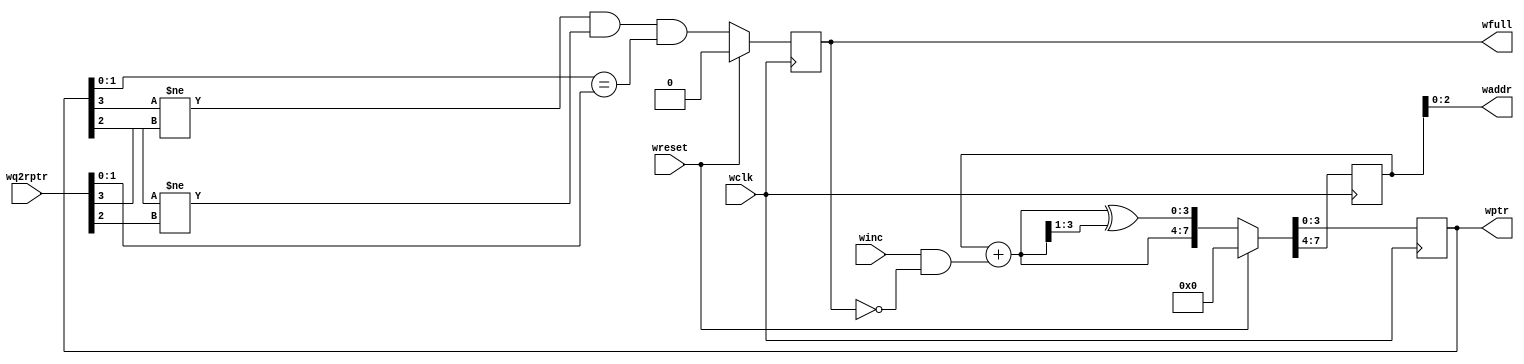
`timescale 1ns / 1ps
//////////////////////////////////////////////////////////////////////////////////
// Company: 
// Engineer: 
// 
// Design Name: 
// Module Name: wptr_full
// Project Name: 
// Target Devices: 
// Tool Versions: 
// Description: 
// 
// Dependencies: 
// 
// Revision:
// Revision 0.01 - File Created
// Additional Comments:
// 
//////////////////////////////////////////////////////////////////////////////////
module wptr_full #(parameter PTRWIDTH = 4) (
    // wptr generation
    wptr,
    winc,
    wclk,
    wreset,
    waddr,  // to FIFOBuf
    // wfull generation
    wfull,
    wq2rptr
);
    // signals for wptr generation
    output reg [PTRWIDTH-1:0] wptr;
    input winc;
    input wclk;
    input wreset;
    output [PTRWIDTH-2:0] waddr;
    // signals for wfull generation
    output reg wfull;
    input [PTRWIDTH-1:0] wq2rptr;

    // Generating rptr
    wire [PTRWIDTH-1:0] bnext;
    wire [PTRWIDTH-1:0] gnext;
    reg  [PTRWIDTH-1:0] bin;
    
    assign bnext = bin + (winc & ~wfull);
    assign gnext = bnext ^ (bnext >> 1);
    
    always @ (posedge wclk)
        if (wreset) {bin, wptr} <= 0;
        else        {bin, wptr} <= {bnext, gnext};

    assign waddr = bin[PTRWIDTH-2:0];

    // Generating full flag
    /*
        Three necessary tests to generate full flag -
        1. MSBs not equal
        2. 2nd MSBs not equal (note that gray codes are reflective after 1st MSB, 
                               0100 to 1100 is just 1 change)
        3. Rest bits equal
    */
    wire wfull_val;
    // NOTE: The below line might throw an error if PTRWIDTH goes below 3
    //       Having such small ptrwidth makes no sense though.
    assign wfull_val = (wptr[PTRWIDTH-1]   != wq2rptr[PTRWIDTH-1]) && 
                       (wptr[PTRWIDTH-2]   != wq2rptr[PTRWIDTH-2]) && 
                       (wptr[PTRWIDTH-3:0] == wq2rptr[PTRWIDTH-3:0]);
    
    always @ (posedge wclk)
        if (wreset) wfull <= 1'b0;
        else        wfull <= wfull_val;

endmodule